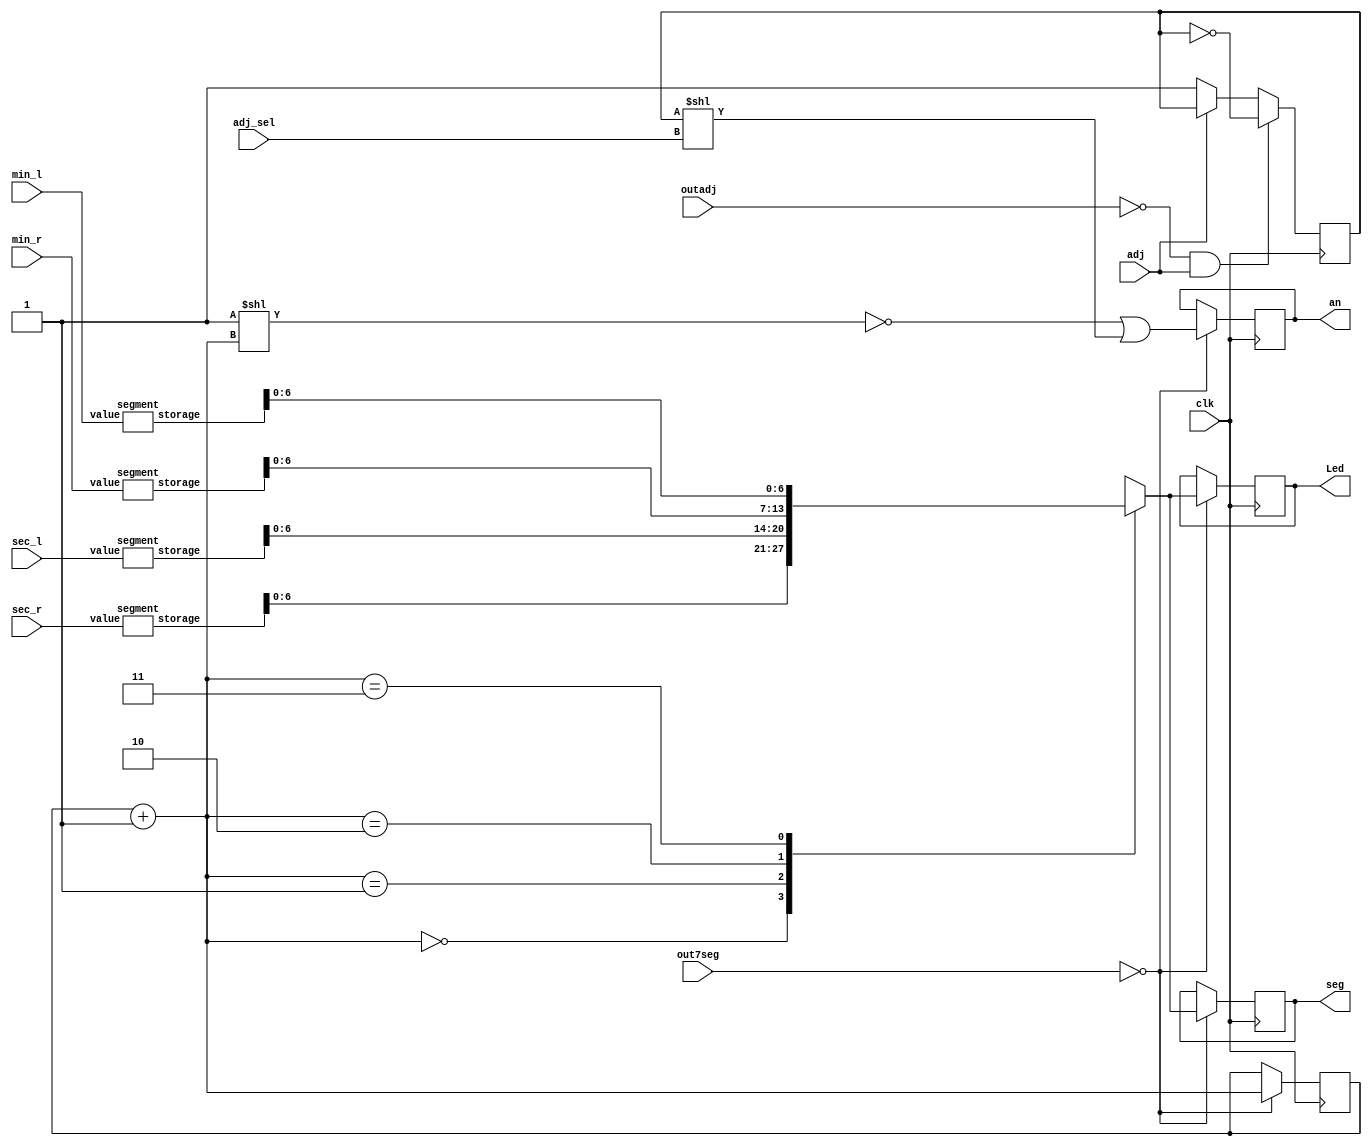
module display(
    input clk,
    input [17:0] out7seg,
    input [25:0] outadj,
    input [2:0] adj_sel,
    
    input adj, 
	output reg [6:0] seg,
	output reg [3:0] an,
    output reg [6:0] Led,
	 
	input [4:0] min_l,
    input [4:0] min_r,
    input [4:0] sec_l,
    input [4:0] sec_r
);
    initial begin
        Led <= 7'b0000000;
    end
    
    // calculate segment values
    // in this order: min_l, min_r, sec_l, sec_r
    wire [7:0] segments [0:3];
    segment segment3(min_l, segments[3]);
    segment segment2(min_r, segments[2]);
    segment segment1(sec_l, segments[1]);
    segment segment0(sec_r, segments[0]);
    
    // render a different panel on each clock tick
    reg [1:0] panel = 0;
    reg enabled = 1;
    always @(posedge clk) begin
        // scan segments
        if (out7seg == 0) begin
            panel = panel + 1'b1;
            Led = segments[panel];
            seg = segments[panel];
            
            an = ~(1 << panel) | (enabled << adj_sel);
        end
    
        if (outadj == 0 && adj)
            enabled = ~enabled;
        else if (!adj)
            enabled = 1;
    end
endmodule

module segment(value, storage);
    input [4:0] value;        // value to display, i.e. digits 0-9
    output reg [7:0] storage; // storage register for the lookup table

    // lookup bit-value for 7-segment digit
    always @* begin
        case (value)
            0: storage = 7'b1000000;
            1: storage = 7'b1111001;
            2: storage = 7'b0100100;
            3: storage = 7'b0110000;
            4: storage = 7'b0011001;
            5: storage = 7'b0010010;
            6: storage = 7'b0000010;
            7: storage = 7'b1111000;
            8: storage = 7'b0000000;
            9: storage = 7'b0010000;
        endcase
    end
endmodule